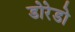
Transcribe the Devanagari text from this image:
डोरेडो